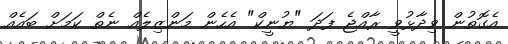
އެގޮތުން ވިދާޅުވީ ރާއްޖެ ފަދަ "ޔުނީކް" އެހެން މަންޒިލެއް ނެތް ކަމަށް ބައެއް